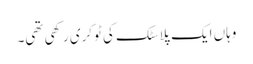
وہاں ایک پلاسٹک کی ٹوکری رکھی تھی۔